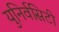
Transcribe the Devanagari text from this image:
युनिर्वसिटी